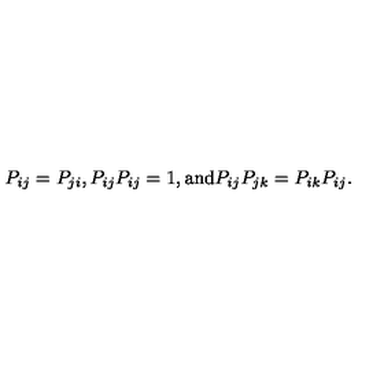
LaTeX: P _ { i j } = P _ { j i } , P _ { i j } P _ { i j } = 1 , \mathrm { a n d } P _ { i j } P _ { j k } = P _ { i k } P _ { i j } .